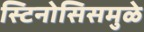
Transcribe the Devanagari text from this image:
स्टिनोसिसमुळे